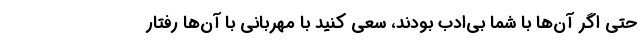
حتی اگر آن‌ها با شما بی‌ادب بودند، سعی کنید با مهربانی با آن‌ها رفتار